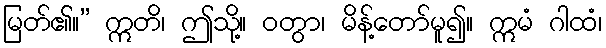
မြတ်၏။” ဣတိ၊ ဤသို့။ ဝတွာ၊ မိန့်တော်မူ၍။ ဣမံ ဂါထံ၊